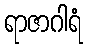
ရာဇာဂါရံ